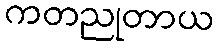
ကတညုတာယ